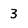
Character: 3